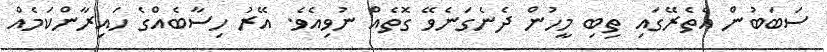
ސަބަބުން އެތެރޭގައި ތިބި މީހުން ދެނެގަނެވޭ ގޮތެއް ނުވިއެވެ. އޭރު ހިސާބެއްގެ ހައިރާންކަމެއް